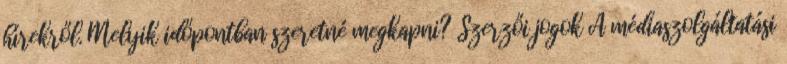
hírekről. Melyik időpontban szeretné megkapni? Szerzői jogok A médiaszolgáltatási